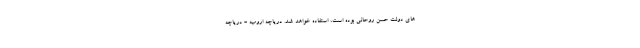
های دولت حسن روحانی بوده است، استفاده خواهد شد. دریاچه ارومیه - دریاچه